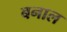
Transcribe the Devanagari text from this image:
बनाल